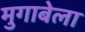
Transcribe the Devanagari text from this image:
मुगाबेला